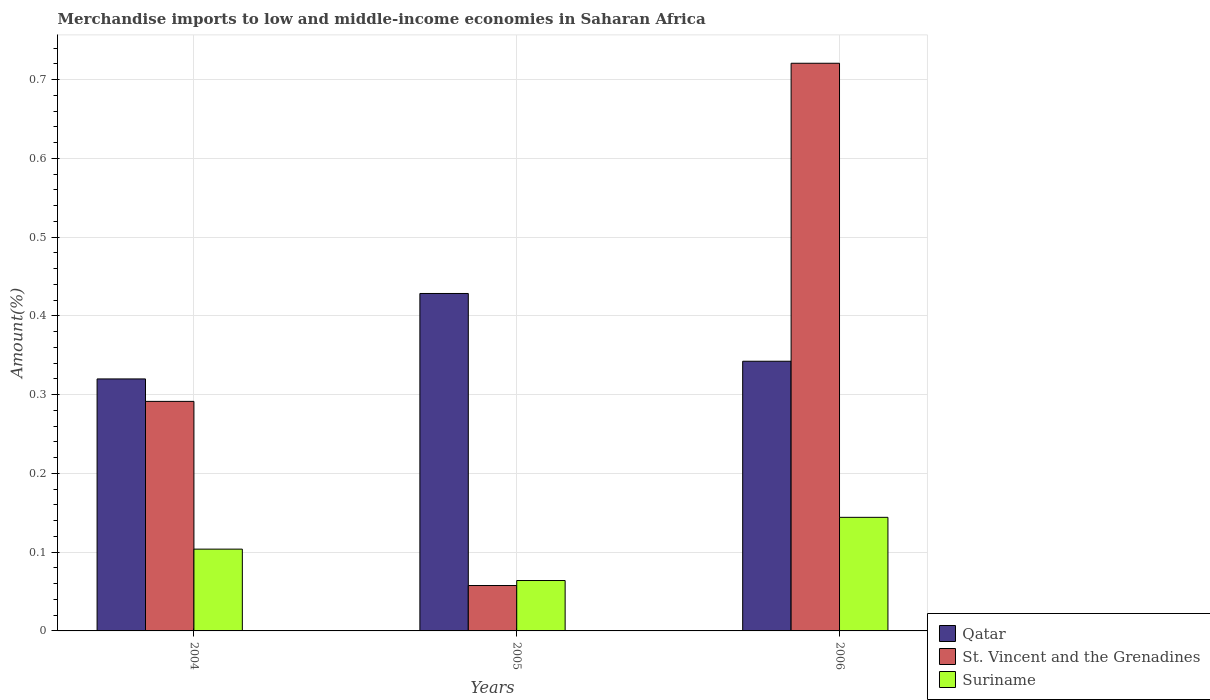
| Years | Qatar | St. Vincent and the Grenadines | Suriname |
 | --- | --- | --- | --- |
 | 2004 | 0.32 | 0.291 | 0.104 |
 | 2005 | 0.428 | 0.0576 | 0.064 |
 | 2006 | 0.342 | 0.721 | 0.144 |